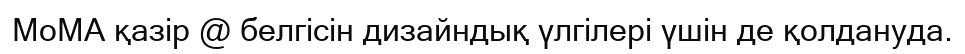
MoMA қазір @ белгісін дизайндық үлгілері үшін де қолдануда.